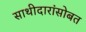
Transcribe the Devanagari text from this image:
साथीदारांसोबत